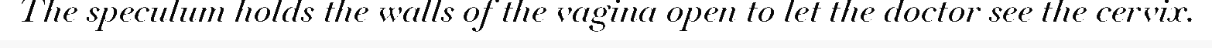
The speculum holds the walls of the vagina open to let the doctor see the cervix.